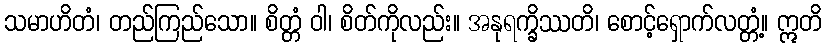
သမာဟိတံ၊ တည်ကြည်သော။ စိတ္တံ ဝါ၊ စိတ်ကိုလည်း။ အနုရက္ခိဿတိ၊ စောင့်ရှောက်လတ္တံ့။ ဣတိ